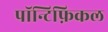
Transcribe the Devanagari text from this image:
पॉन्टिफ़िकल